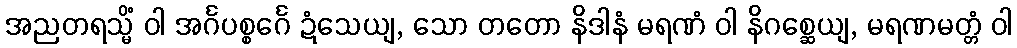
အညတရသ္မိံ ဝါ အင်္ဂပစ္စင်္ဂေ ဍံသေယျ, သော တတော နိဒါနံ မရဏံ ဝါ နိဂစ္ဆေယျ, မရဏမတ္တံ ဝါ